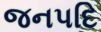
જનપદિ